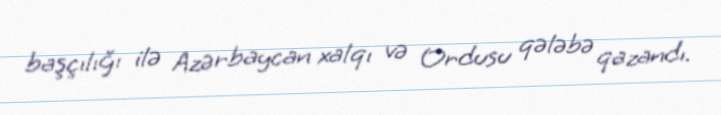
başçılığı ilə Azərbaycan xalqı və Ordusu qələbə qazandı.